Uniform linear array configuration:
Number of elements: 24
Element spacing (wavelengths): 0.75
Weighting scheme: hamming
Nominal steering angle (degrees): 30
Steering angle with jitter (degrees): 31.006
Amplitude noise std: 0.05
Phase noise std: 0.05

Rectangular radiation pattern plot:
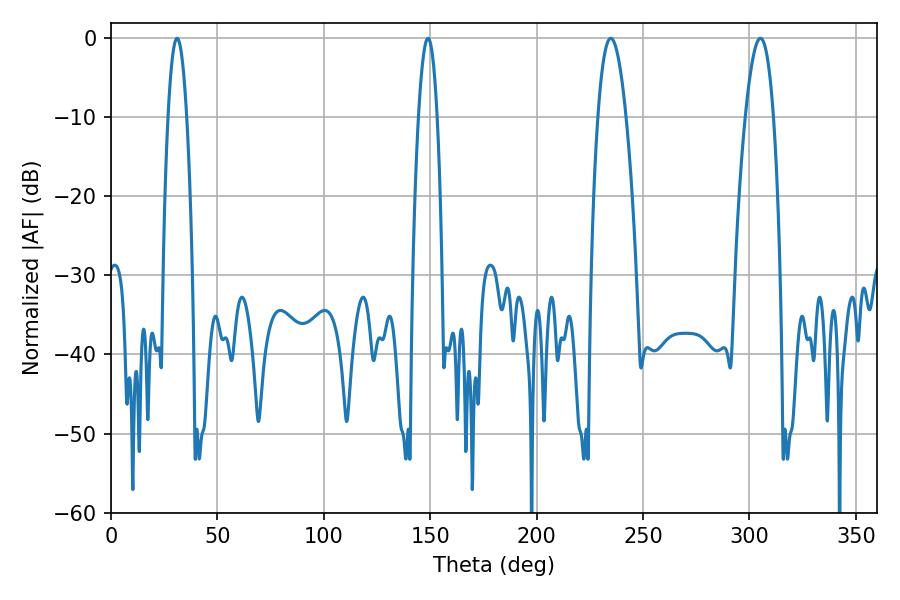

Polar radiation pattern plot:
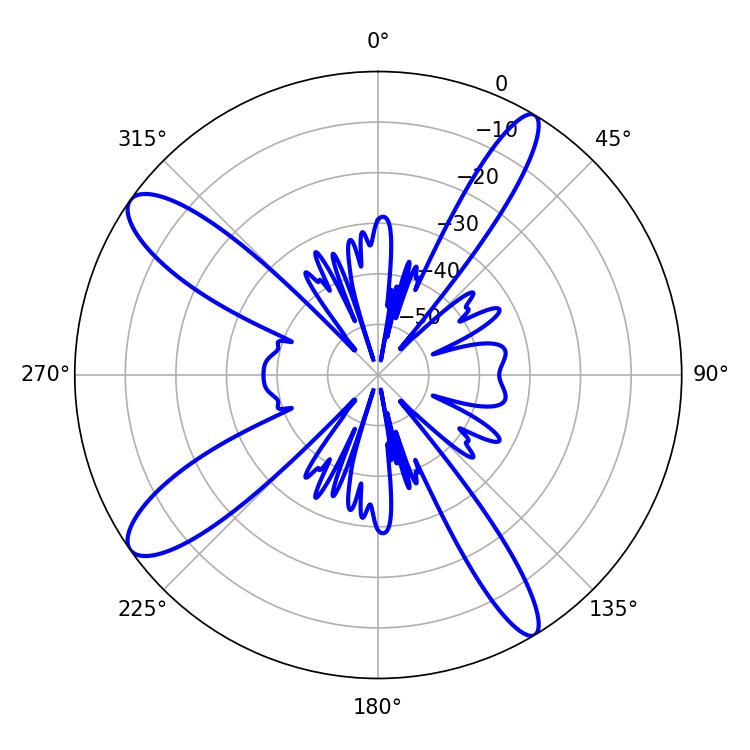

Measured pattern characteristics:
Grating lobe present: TRUE
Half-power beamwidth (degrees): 7.38
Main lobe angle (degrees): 234.9